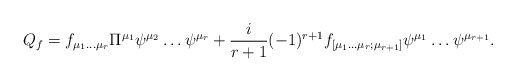
\begin{align*}Q_f = f_{\mu_1 \dots\mu_r}\Pi^{\mu_1}\psi^{\mu_2}\dots \psi^{\mu_r} + \frac{i}{r+1}(-1)^{r+1}f_{[\mu_1 \dots\mu_r;\mu_{r+1}]}\psi^{\mu_1}\dots \psi^{\mu_{r+1}}.\end{align*}